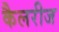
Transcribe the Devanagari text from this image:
कैलरीज